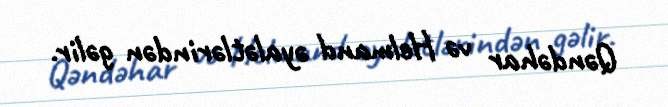
Qəndəhar və Helmand əyalətlərindən gəlir.